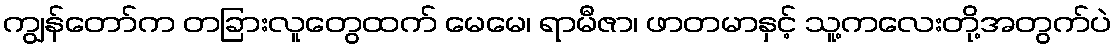
ကျွန်တော်က တခြားလူတွေထက် မေမေ၊ ရာမီဇာ၊ ဖာတမာနှင့် သူ့ကလေးတို့အတွက်ပဲ